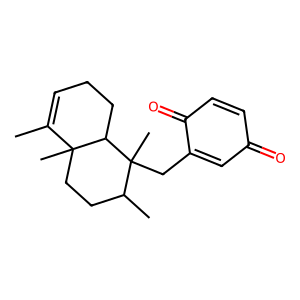
SMILES: CC1=CCCC2C1(C)CCC(C)C2(C)CC1=CC(=O)C=CC1=O
Inhibits HIV replication: No